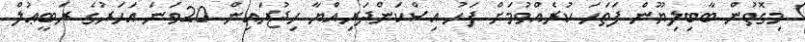
މިގޮތުން ބާބިލިޔޫން ފަތަހަ ކުރެއްވުމަށް ފަހު އިސްކަންދަރިއްޔާ ހިޖުރައިން 20ވަނަ އަހަރުގެ ރަބީޢުލް